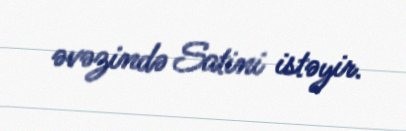
əvəzində Satini istəyir.